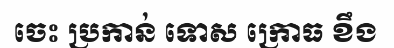
ចេះ ប្រកាន់ ទោស ក្រោធ ខឹង